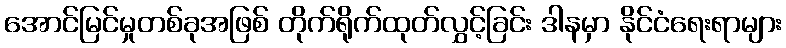
အောင်မြင်မှုတစ်ခုအဖြစ် တိုက်ရိုက်ထုတ်လွှင့်ခြင်း ဒါနမှာ နိုင်ငံရေးရာများ